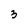
Character: 3